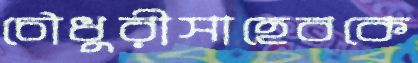
চৌধুরীসাহেবকে